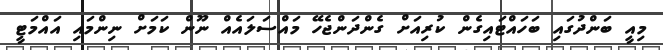
މިއީ ބަންދުގައި ބަހައްޓައިގެން ކުރިއަށް ގެންދަންޖެހޭ މައްސަލައެއް ނޫން ކަމަށް ނިންމައި އައްމަޓީ